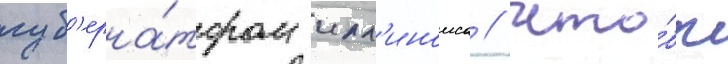
губ'ерна́тором илл'иноиса // Что́бы